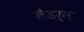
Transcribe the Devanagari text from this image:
लैडर्स्